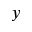
y